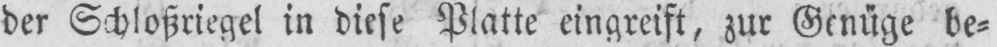
der Schloßriegel in diese Platte eingreift, zur Genüge be⸗